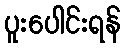
ပူးပေါင်းရန်